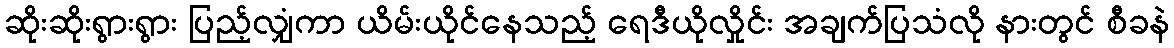
ဆိုးဆိုးရွားရွား ပြည့်လျှံကာ ယိမ်းယိုင်နေသည့် ရေဒီယိုလှိုင်း အချက်ပြသံလို နားတွင် စီခနဲ